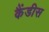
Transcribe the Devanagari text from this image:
कैंडीस